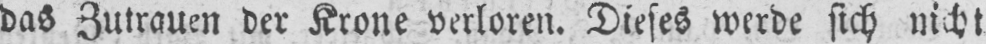
das Zutrauen der Krone verloren. Dieses werde sich nicht